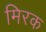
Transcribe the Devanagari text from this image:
मिरक